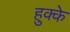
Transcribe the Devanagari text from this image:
हुक्‍के